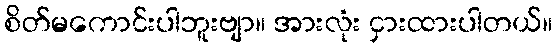
စိတ်မကောင်းပါဘူးဗျာ။ အားလုံး ငှားထားပါတယ်။